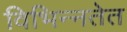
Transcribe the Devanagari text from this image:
विभिन्नतेत